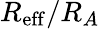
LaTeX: R_{\mathrm{eff}}/R_{A}